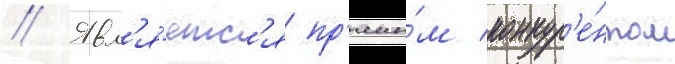
// Явл'я́етс'я пр'ямы́м конкур'е́нтом